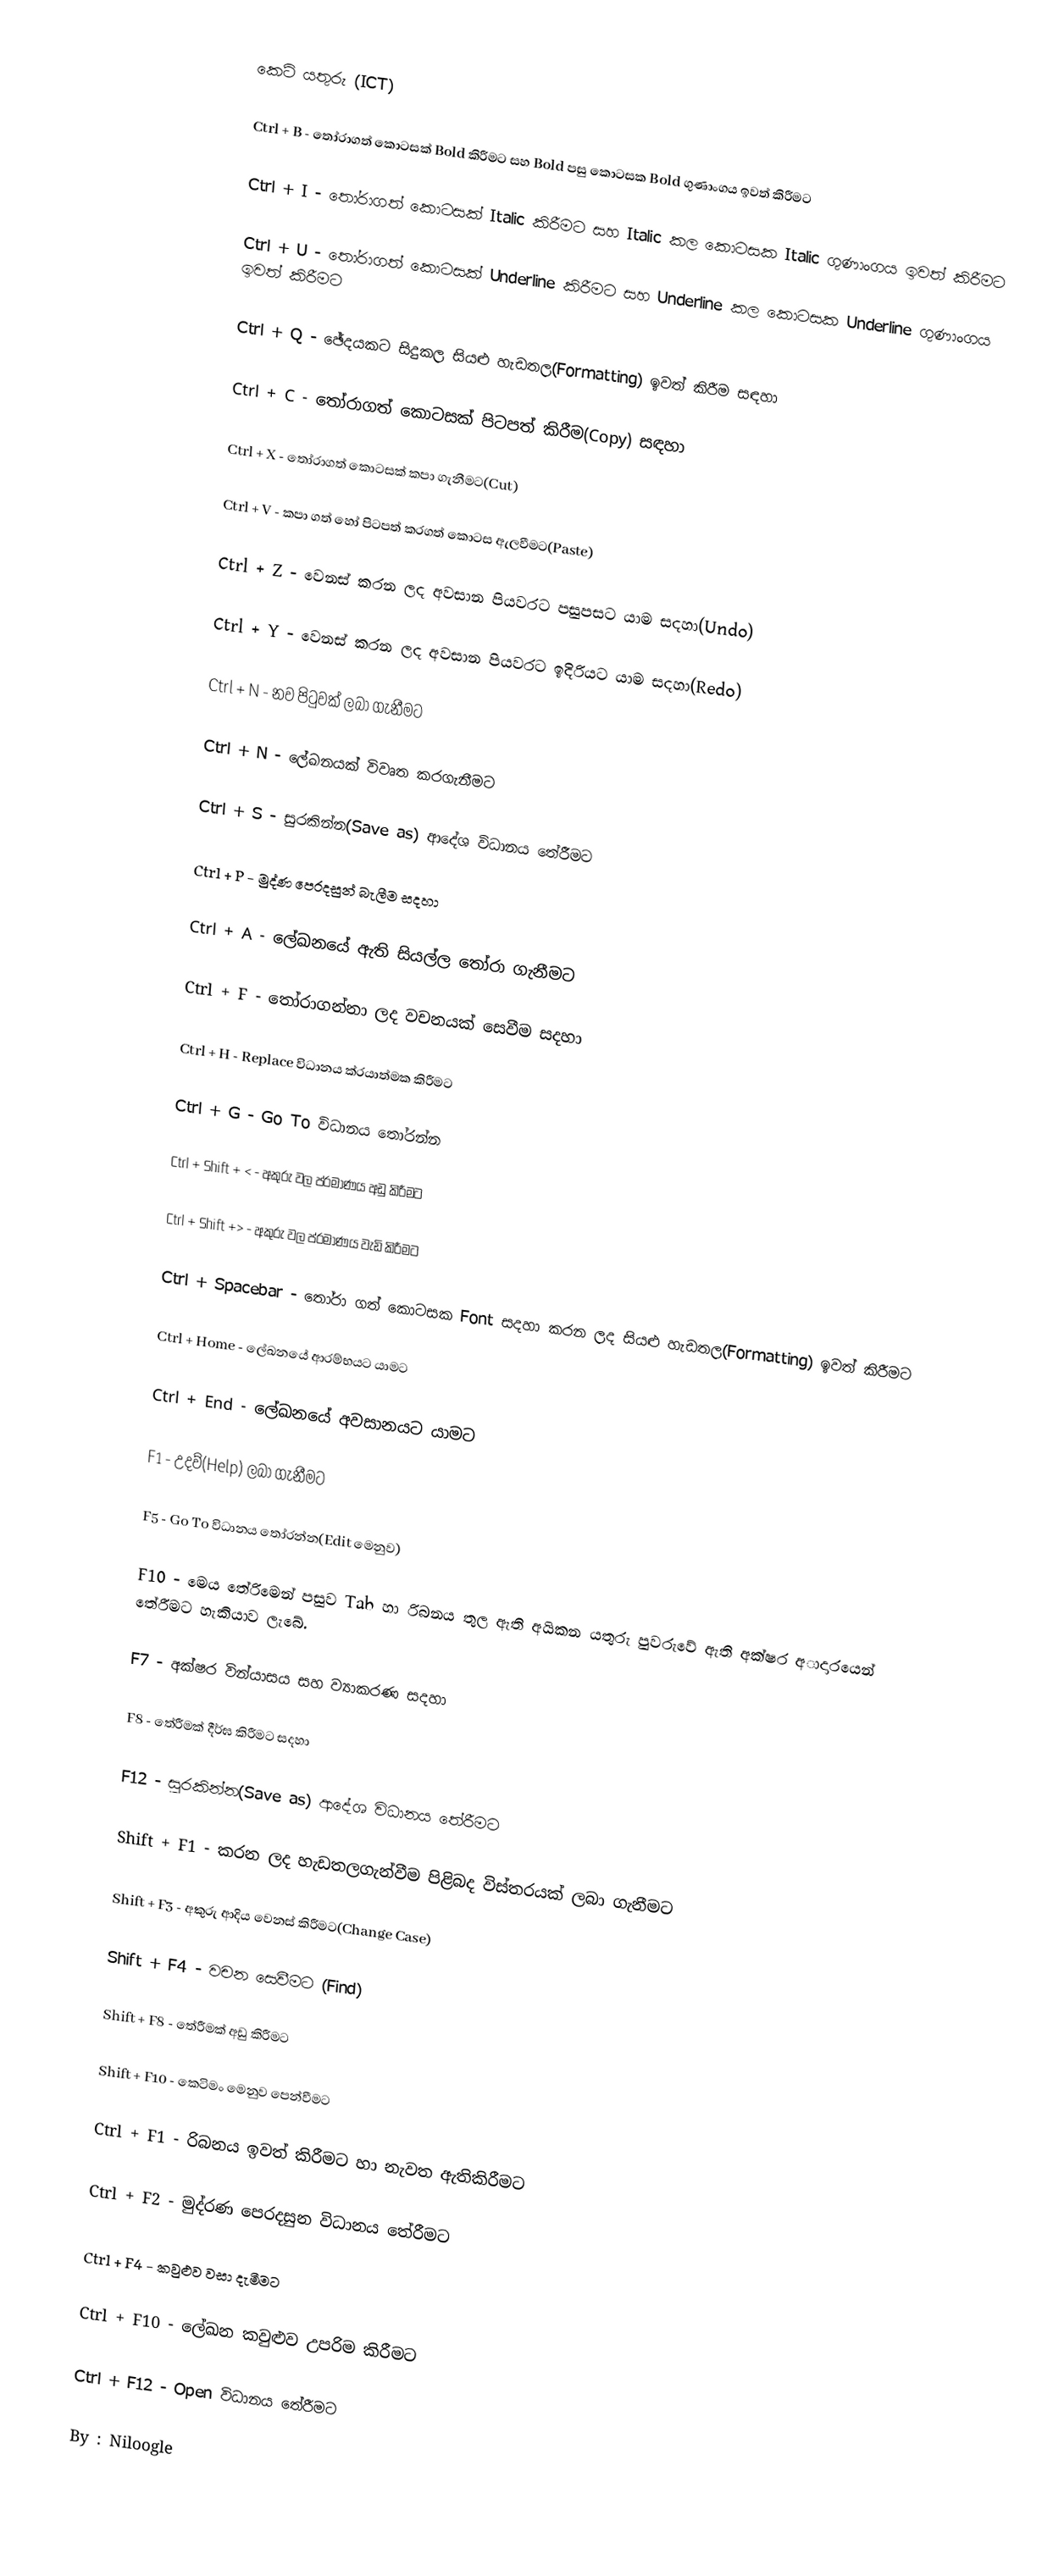
කෙටි යතුරු (ICT)

Ctrl + B - තෝරාගත් කොටසක් Bold කිරීමට සහ Bold  පසු කොටසක Bold ගුණාංගය ඉවත් කිරීමට

Ctrl + I - තෝරාගත් කොටසක් Italic කිරීමට සහ Italic කල කොටසක Italic ගුණාංගය ඉවත් කිරීමට

Ctrl + U - තෝරාගත් කොටසක් Underline කිරීමට සහ Underline කල කොටසක Underline ගුණාංගය ඉවත් කිරීමට

Ctrl + Q - ඡේදයකට සිදුකල සියළු හැඩතල(Formatting) ඉවත් කිරීම සඳහා

Ctrl + C - තෝරාගත් කොටසක් පිටපත් කිරීම(Copy) සඳහා

Ctrl + X - තෝරාගත් කොටසක් කපා ගැනීමට(Cut)

Ctrl + V - කපා ගත් හෝ පිටපත් කරගත් කොටස ඇලවීමට(Paste)

Ctrl + Z - වෙනස් කරන ලද අවසාන පියවරට පසුපසට යාම ස‍දහා(Undo)

Ctrl + Y - වෙනස් කරන ලද අවසාන පියවරට ඉදිරියට යාම ස‍දහා(Redo)

Ctrl + N - නව පිටුවක් ලබා ගැනීමට

Ctrl + N - ලේඛනයක් විවෘත කරගැනීමට

Ctrl + S - සුරකින්න(Save as) ආදේශ විධානය තේරීමට

Ctrl + P - මුද්ණ පෙරදසුන් බැලීම සදහා

Ctrl + A - ලේඛනයේ ඇති සියල්ල තෝරා ගැනීමට

Ctrl + F - තෝරාගන්නා ලද වචනයක් සෙවීම සදහා

Ctrl + H - Replace විධානය ක්රයාත්මක කිරීමට

Ctrl + G - Go To විධානය තෝරන්න

Ctrl + Shift + < - අකුරු වල ප්රමාණය අඩු කිරීමට

Ctrl + Shift +> - අකුරු වල ප්රමාණය වැඩි කිරීමට

Ctrl + Spacebar - තෝරා ගත් කොටසක Font සදහා කරන ලද සියළු හැඩතල(Formatting) ඉවත් කිරීමට

Ctrl + Home - ලේඛනයේ ආරම්භයට යාමට

Ctrl + End - ලේඛනයේ අවසානයට යාමට

F1 - උදව්(Help) ලබා ගැනීමට

F5 - Go To විධානය තෝරන්න(Edit මෙනුව)

F10 - මෙය තේරිමෙන් පසුව Tab හා රිබනය තුල ඇති අයිකන යතුරු පුවරුවේ ඇති අක්ෂර අාදාරයෙන් තේරීමට හැකියාව ලැබේ.

F7 - අක්ෂර වින්යාසය සහ ව්‍යාකරණ සදහා

F8 - තේරීමක් දීර්ඝ කිරීමට සදහා

F12 - සුරකින්න(Save as) ආදේශ විධානය තේරීමට

Shift + F1 - කරන ලද හැඩතලගැන්වීම පිළිබද විස්තරයක් ලබා ගැනීමට

Shift + F3 - අකුරු ආදිය වෙනස් කිරීමට(Change Case)

Shift + F4 - වචන සෙවීමට (Find)

Shift + F8 - තේරීමක් අඩු කිරීමට

Shift + F10 - කෙටිමං මෙනුව පෙන්වීමට

Ctrl + F1 - රිබනය ඉවත් කිරීමට හා නැවත ඇතිකිරීමට

Ctrl + F2 - මුද්රණ පෙරදසුන විධානය තේරීමට

Ctrl + F4 - කවුළුව වසා දැමීමට

Ctrl + F10 - ලේඛන කවුළුව උපරිම කිරීමට

Ctrl + F12 - Open විධානය තේරීමට

By : Niloogle